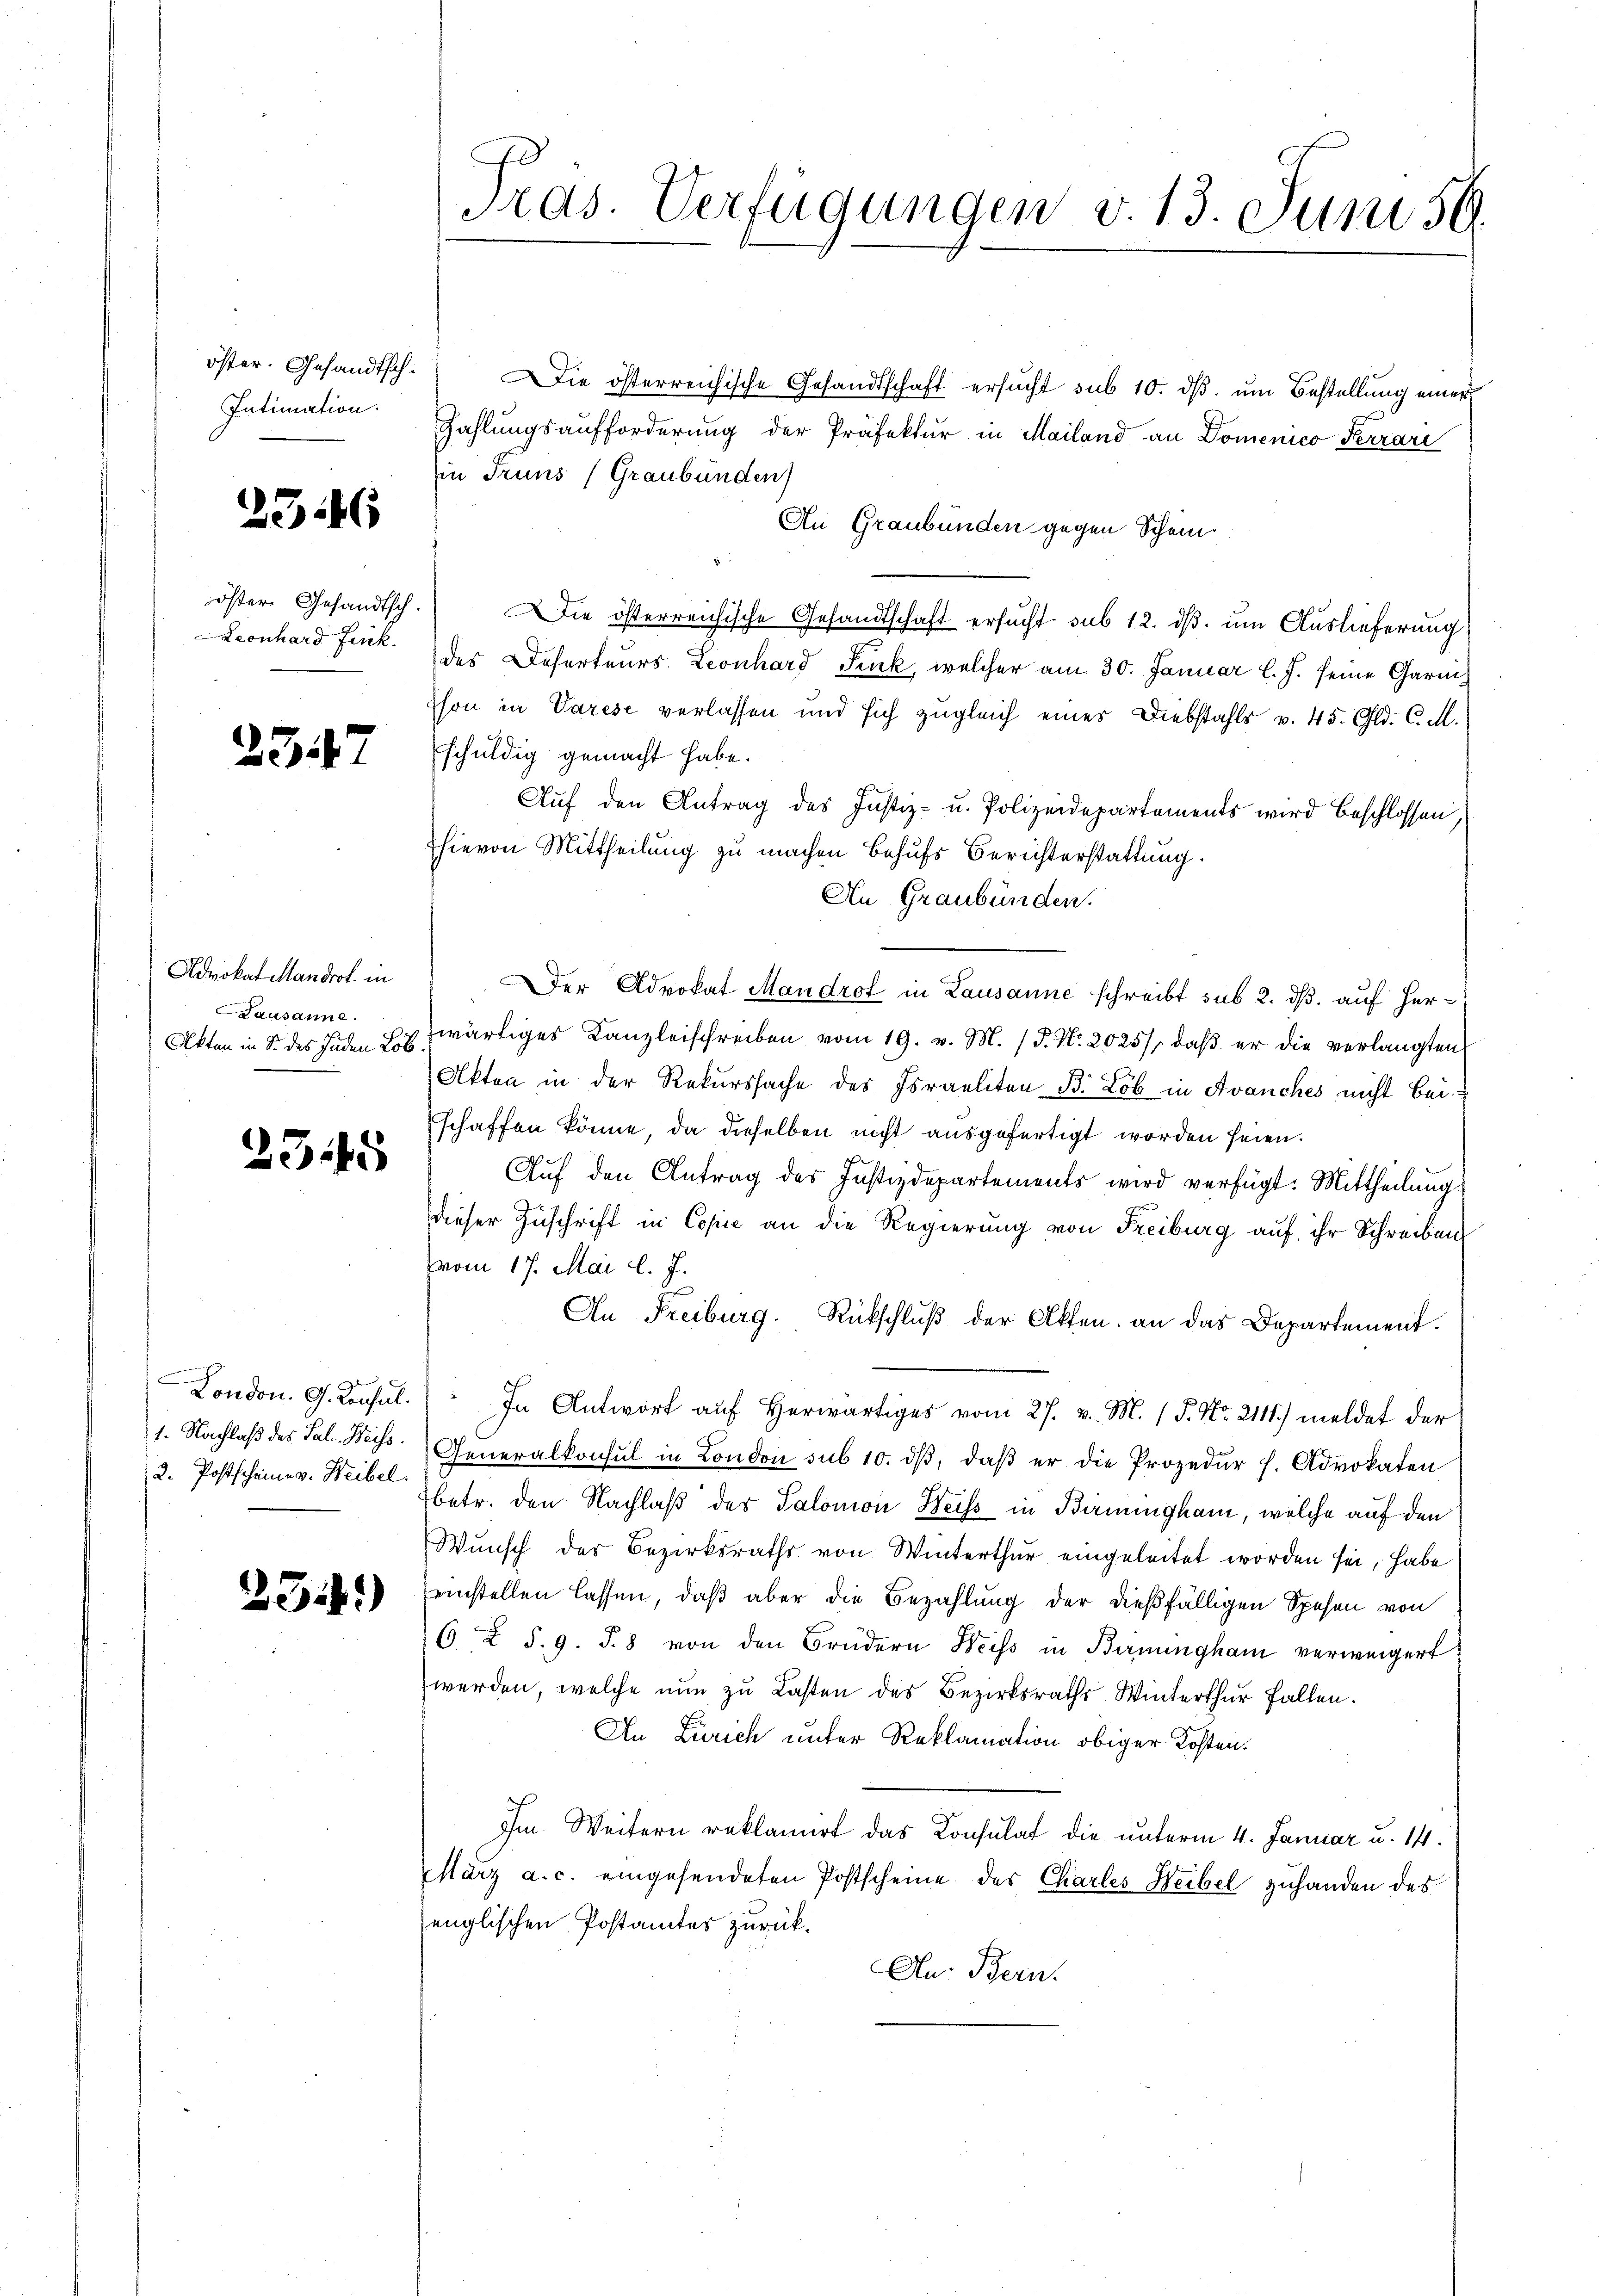
öster. Gesandtsch¬
Intimation.

2346

öster Gesandtsch.
Leonhard Fink.

254

Advokat Mandrot in
Lausanne.
Akten in S. des Juden Lob.

2545

London. G. Konsul
1. Nachlaß des Sal. Weiss.
2. Postscheine v. Weibel.

234.

Has. Verfügungen v. 13. Juni 59.

Die österreichische Gesandtschaft ersucht sub 10. dβ. um Bestellung einer
Zahlungsaufforderung der Präfektur in Mailand an Domenico Ferrari
iin Truns (Graubünden)
An Graubünden gegen Schein
Die österreichische Gesandtschaft ersucht sub 12. ds. um Auslieferung
des Deserteurs Leonhard Fink, welcher am 30. Januar l. J. seine Garmshon in Varese verlassen und sich zugleich eines Diebstahls v. 45. Gld. C. M.
schuldig gemacht habe.
Auf den Antrag des Justiz- u. Polizeidepartements wird beschlossen,
hievon Mittheilung zu machen behufs Berichterstattung.
An Graubünden.
Der Advokat Mandrot in Lausanne schreibt sub 2. dß. auf Herwärtiges Kanzleischreiben vom 19. v. M. / P. Nr. 2025), daß er die verlangten
Akten in der Rekurssache des Israeliten B. Lob in Avanches nicht bei
schaffen könne, da dieselben nicht ausgefertigt worden seien.
Auf den Antrag des Justizdepartements wird verfügt: Mittheilung
dieser Zuschrift in Copie an die Regierung von Freiburg auf ihr Schreiben
vom 17. Mai l. J.
An Freiburg. Rückschlŭβ der Akten, an das Departement.
In Antwort aŭf herwärtiges vom 27. v. M. 15. No. 2111) meldet der
Generalkonsul in London sub 10. dβ, daβ er die Prozedur h. Advokaten
betr. den Nachlaß der Salomon Weiss in Berningham, welche auf den
Wunsch des Bezirksraths von Winterthur eingeleitet worden sei, habe
einstellen lassen, daß aber die Bezahlung der dießfälligen Spesen von
6 X S. 9. S. 8 von den Brüdern Weiss in Bernungham verweigert
werden, welche nun zu Lasten des Bezirksraths Winterthur fallen.
An Zürich unter Reklamation obiger Kosten.
Im Weitern reklamiert das Konsulat die unterm 4. Januar u. 14.
März a. c. eingesendeten Postscheine des Charles Weibel zuhanden des
englischen Postamtes zurück.
An: Bern.